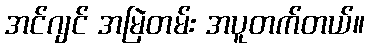
အင်ဂျင် အမြဲတမ်း အပူတက်တယ်။